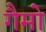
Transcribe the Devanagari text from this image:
गैमो